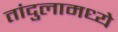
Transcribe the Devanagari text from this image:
तांदुलामध्ये